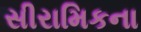
સીરામિકના